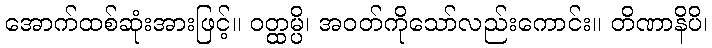
အောက်ထစ်ဆုံးအားဖြင့်။ ဝတ္ထမ္ပိ၊ အဝတ်ကိုသော်လည်းကောင်း။ တိဏာနိပိ၊